Report of the Hyderabad Chloroform Commission
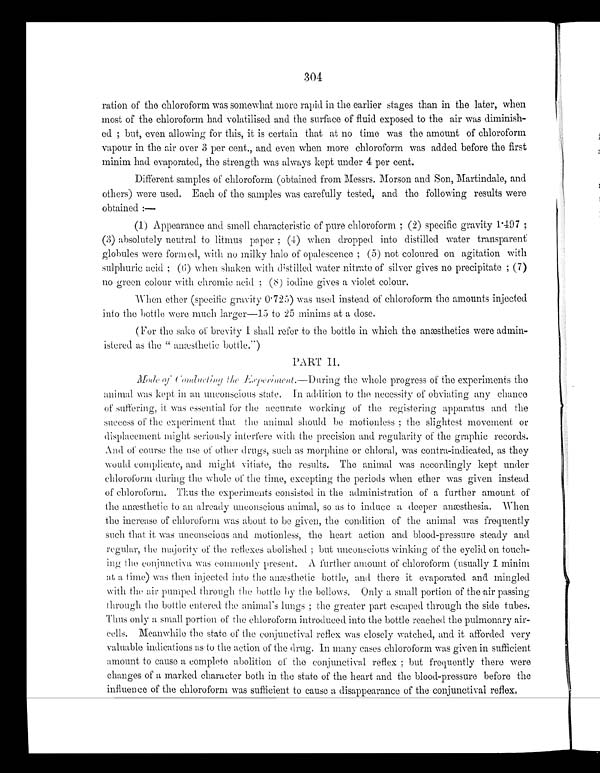
304
ration of the chloroform was somewhat more rapid in the earlier stages than in the later, when
most of the chloroform had volatilised and the surface of fluid exposed to the air was diminish--
ed; but, even allowing for this, it is certain that at no time was the amount of chloroform
vapour in the air over 3 per cent., and even when more chloroform was added before the first
minim had evaporated, the strength was always kept under 4 per cent.
Different samples of chloroform (obtained from Messrs. Morson and Son, Martindale, and
others) were used. Each of the samples was carefully tested, and the following results were
obtained:—
(1) Appearance and smell characteristic of pure chloroform; (2) specific gravity 1497;
(3) absolutely neutral to litmus paper; (4) when dropped into distilled water transparent
globules were formed, with no milky halo of opalescence; (5) not coloured on agitation with
sulphuric acid; (6) when shaken with distilled water nitrate of silver gives no precipitate; (7)
no green colour with chromic acid; (8) iodine gives a violet colour.
-When ether (specific gravity 0.725) was used instead of chloroform the amounts injected
info the bottle were much larger—15 to 25 minims at a dose,
(For the sake of brevity I shall refer to the bottle in which the anæsthetics were admin-
istered as the " anaæsthetic bottle.")
PART II.
Mode of Conducting the Experiment.—During the whole progress of the experiments the
animal was kept in an unconscious state. In addition to the necessity of obviating any chance
of suffering, it was essential for the accurate working of the registering apparatus and the
success of the experiment that the animal should be motionless; the slightest movement or
displacement might seriously interfere with the precision and regularity of the graphic records.
And of course the use of other drugs, such as morphine or chloral, was contra-indicated, as they
would complicate, and might vitiate, the results. The animal was accordingly kept under
chloroform during the whole of the time, excepting the periods when ether was given instead
of chloroform. Thus the experiments consisted in the administration of a further amount of
the anæsthetic to an already unconscious animal, so as to induce a deeper anæsthesia. When
the increase of chloroform was about to be given, the condition of the animal was frequently
such that it was unconscious and motionless, the heart action and blood-pressure steady and
regular, the majority of the reflexes abolished; but unconscious winking of the eyelid on touch--
ing the conjunctiva was commonly present. A further amount of chloroform (usually I minim
at a time) was then injected into the anæsthetic bottle, and there it evaporated and mingled
with the air pumped through the bottle by the bellows, Only a small portion of the air passing
through the bottle entered time animal's lungs; the greater part escaped through the side tubes.
Thus only a small portion of the chloroform introduced into the bottle reached the pulmonary air-
cells. Meanwhile the state of the conjunctival reflex was closely watched, and it afforded very
valuable indications as to the action of the drug. In many cases chloroform was given in sufficient
amount to cause a complete abolition of the conjunctival reflex; but frequently there were
changes of a marked character both in the state of the heart and the blood-pressure before the
influence of the chloroform was sufficient to cause a disappearance of the conjunctival reflex.